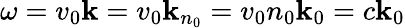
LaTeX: \omega=v_{0}\mathbf{k}=v_{0}\mathbf{k}_{n_{0}}=v_{0}n_{0}\mathbf{k}_{0}=c\mathbf{k}_{0}